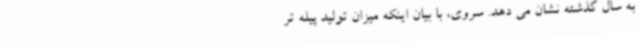
به سال گذشته نشان می دهد. سروی، با بیان اینکه میزان تولید پیله تر